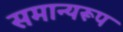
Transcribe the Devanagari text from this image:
समान्यरूप